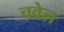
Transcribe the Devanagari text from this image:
चवेल